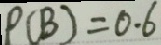
P ( B ) = 0 . 6